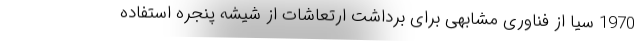
1970 سیا از فناوری مشابهی برای برداشت ارتعاشات از شیشه پنجره استفاده